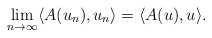
\begin{align*}\lim_{n\rightarrow\infty} \langle A(u_n), u_n \rangle = \langle A(u), u \rangle .\end{align*}